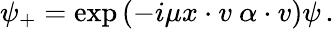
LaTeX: \psi_{+}=\exp\left(-i\mu x\cdot v~\alpha\cdot v\right)\psi\, .